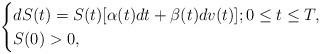
LaTeX: \begin{align*}\begin{cases}dS(t)= S(t)[\alpha(t) dt + \beta(t) dv(t)]; 0 \leq t \leq T,\\S(0) > 0,\end{cases}\end{align*}